Annual report of the Punjab Veterinary College and of the Civil Veterinary Department, Punjab - 1920-1925
Year: 1920
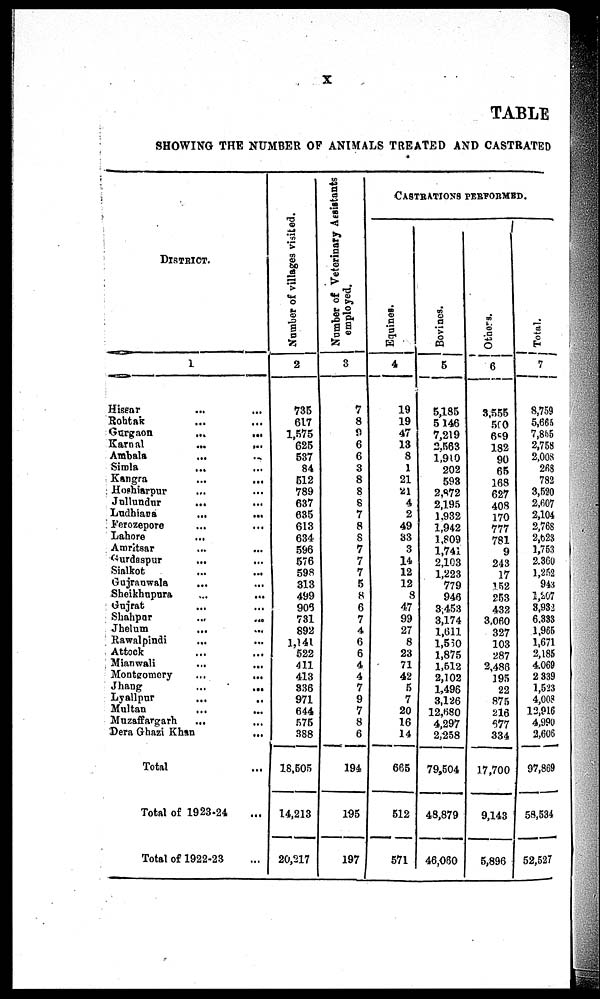
X
TABLE
SHOWING THE NUMBER OP ANIMALS TREATED AND CASTRATED
District.
1
Hissar ... ...
Rohtak ... ...
Gurgaon
...
...
Karnal
...
...
Ambala ... ...
Simla
Kangra
...
...
Hoshiarpur ... ...
Jullundur
... ...
Ludhiana
...
...
Ferozepore ... ...
Lahore
...
Amritsar ... ...
Gurdaspur
... ...
Sialkot ... ...
Gujranwala ... ...
Sheikhupura ... ...
Gujrat ... ...
Shahpur
...
...
Jhelum ... ...
Rawalpindi ... ...
Attock ... ...
Mianwali
...
...
Montgomery
...
...
Jhang
...
...
Lyallpur
...
..
Multan
... ...
Muzaffargarh
... ...
Dera Ghazi Khan
...
Total ...
Total of 1923-24 ...
Total of 1922-23 ...
Number
of villages visited.
2
735
617
1,575
625
537
84
512
789
637
635
613
634
596
576
598
313
499
905
731
892
1,141
522
411
413
836
971
644
575
388
18,505
14,213
20,217
Number of Veterinary Assistants
employed.
3
7
8
9
6
6
3
8
8
8
7
8
8
7
7
7
5
8
6
7
4
6
6
4
4
7
9
7
8
6
194
195
197
Castrations performed.
Equines.
4
19
19
47
13
8
1
21
21
4
2
49
33
3
14
12
12
8
47
99
27
8
23
71
42
5
7
20
16
14
665
512
571
Bovines.
5
5,185
5 146
7,219
2,563
1,910
202
593
2,872
2,195
1,932
1,942
1,809
1,741
2,103
1,223
779
946
3,453
3,174
1,611
1,550
1,875
1,512
2,102
1,496
3,126
12,680
4,297
2,258
79,504
48,879
46,060
Others.
6
3,555
500
689
182
90
65
168
627
408
170
777
781
9
243
17
152
253
432
3,060
327
103
287
2,486
195
22
875
216
677
334
17,700
9,143
5,896
Total.
7
8,759
5,665
7,865
2,758
2,008
268
782
3,520
2,607
2,104
2,768
2,623
1,753
2,360
1,252
943
1,207
8,932
6.333
1,965
1,671
2,185
4,069
2 339
1,523
4,008
12,916
4,990
2,606
97,869
58,534
52,527